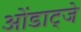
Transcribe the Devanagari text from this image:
ओंडाट्जे